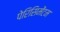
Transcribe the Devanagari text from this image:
पेरिसिमेंटम